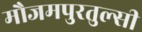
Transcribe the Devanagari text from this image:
मौजमपुरतुल्सी